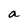
Character: a